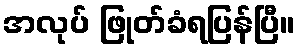
အလုပ် ဖြုတ်ခံရပြန်ပြီ။